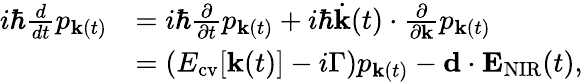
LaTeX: \begin{array}{rl}{i\hbar\frac{d}{dt}p_{{\mathbf k}(t)}}&{=i\hbar\frac{\partial}{\partial t}p_{{\mathbf k}(t)}+i\hbar\dot{\mathbf k}(t)\cdot\frac{\partial}{\partial{\mathbf k}}p_{{\mathbf k}(t)}}\\ &{=(E_{\mathrm{cv}}[{\mathbf k}(t)]-i\Gamma)p_{{\mathbf k}(t)}-{\mathbf d}\cdot{\mathbf E}_{\mathrm{NIR}}(t),}\end{array}